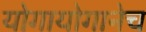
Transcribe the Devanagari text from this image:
योगायोगानेच